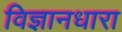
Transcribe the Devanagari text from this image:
विज्ञानधारा